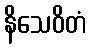
နိသေဝိတံ